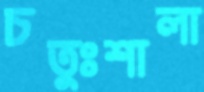
চতুঃশালা